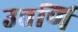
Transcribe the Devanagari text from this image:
उत्तर्णि